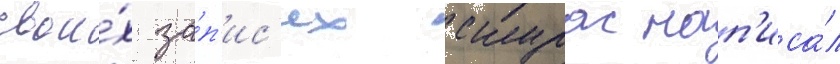
свои́х за́п'ис'ях скурас нап'иса́л